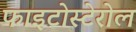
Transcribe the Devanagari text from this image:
फाइटोस्टेरोल